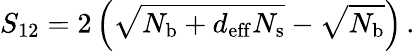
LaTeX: S_{12}=2\left(\sqrt{N_{\mathrm{b}}+d_{\mathrm{eff}}N_{\mathrm{s}}}-\sqrt{N_{\mathrm{b}}}\right)\, .